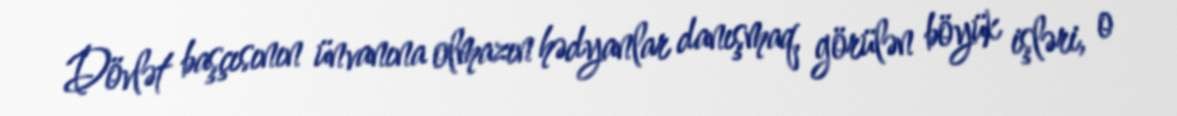
Dövlət başçısının ünvanına olmazın hədyanlar danışmaq, görülən böyük işləri, o